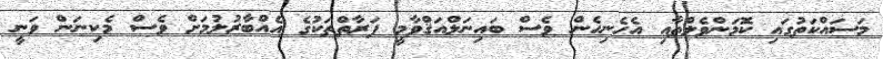
މަސައްކަތުގައި ކޮމަންވެލްތާއި އެހެނިހެން ވެސް ބައިނަލްއަޤްވާމީ ފަރާތްތަކުގެ އެއްބާރުލުމަށް ވެސް މެކިނަން ވަނީ